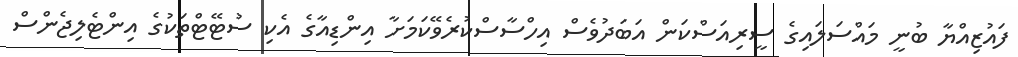
ފައުޒިއްޔާ ބުނީ މައްސަލައިގެ ސީރިއަސްކަން އަބަދުވެސް އިހްސާސްކުރެވޭކަމަށާ އިންޑިއާގެ އެކި ސުޓޭޓްތަކުގެ އިންޓެލިޖެންސް